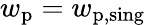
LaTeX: w_{\mathrm{p}}=w_{\mathrm{p,sing}}